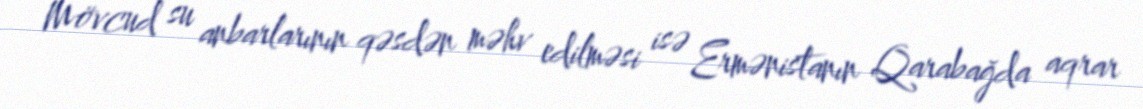
Mövcud su anbarlarının qəsdən məhv edilməsi isə Ermənistanın Qarabağda aqrar